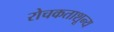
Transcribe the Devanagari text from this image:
रोचकताशून्य